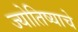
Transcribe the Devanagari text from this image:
ज्योतिष्याचे